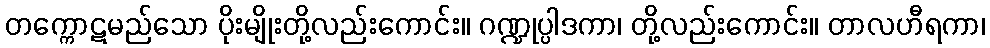
တက္ကောဋမည်သော ပိုးမျိုးတို့လည်းကောင်း။ ဂဏ္ဍုပ္ပါဒကာ၊ တို့လည်းကောင်း။ တာလဟီရကာ၊